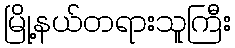
မြို့နယ်တရားသူကြီး